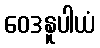
ဝေဒနူပါယံ